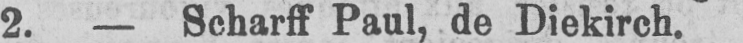
2. - Scharff Paul, de Diekirch.